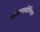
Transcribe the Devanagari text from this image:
माइएस्थीनिया